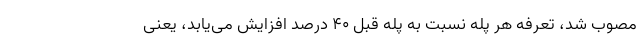
مصوب شد، تعرفه هر پله نسبت به پله قبل ۴۰ درصد افزایش می‌یابد، یعنی